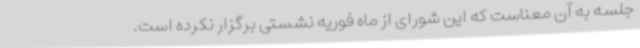
جلسه به آن معناست که این شورای از ماه فوریه نشستی برگزار نکرده است.